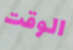
الوقت